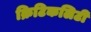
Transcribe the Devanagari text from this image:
क्रिटिकलिटी